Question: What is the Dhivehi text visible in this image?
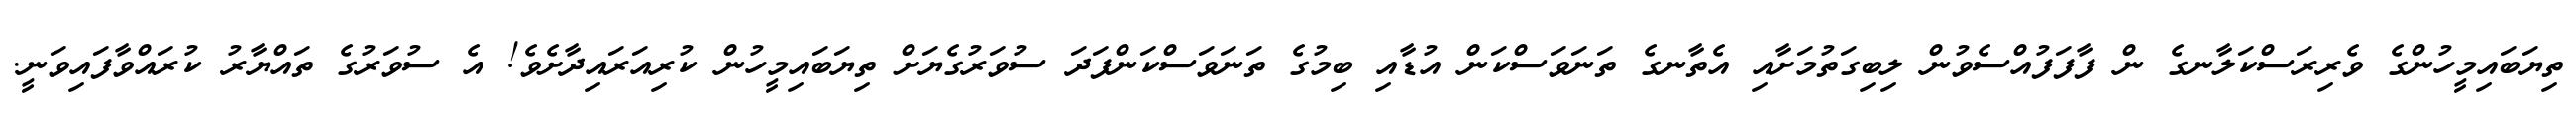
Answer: ތިޔަބައިމީހުންގެ ވެރިރަސްކަލާނގެ ން ފާފަފުއްސެވުން ލިބިގަތުމަށާއި އެތާނގެ ތަނަވަސްކަން އުޑާއި ބިމުގެ ތަނަވަސްކަންފަދަ ސުވަރުގެޔަށް ތިޔަބައިމީހުން ކުރިއަރައިދާށެވެ! އެ ސުވަރުގެ ތައްޔާރު ކުރައްވާފައިވަނީ.